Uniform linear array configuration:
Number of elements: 12
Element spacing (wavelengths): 1
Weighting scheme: exponential
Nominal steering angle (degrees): -45
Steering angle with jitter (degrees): -43.667
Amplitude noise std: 0.05
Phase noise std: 0.05

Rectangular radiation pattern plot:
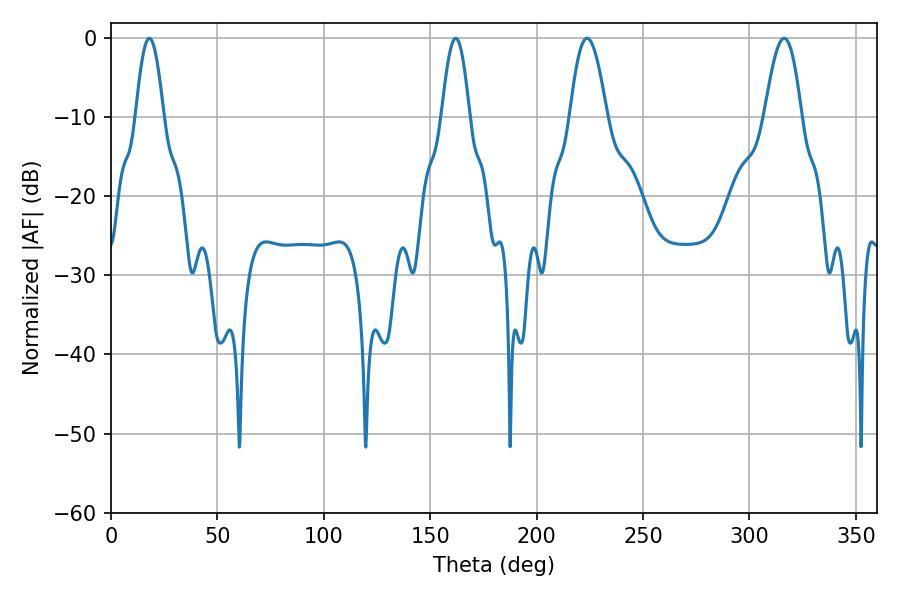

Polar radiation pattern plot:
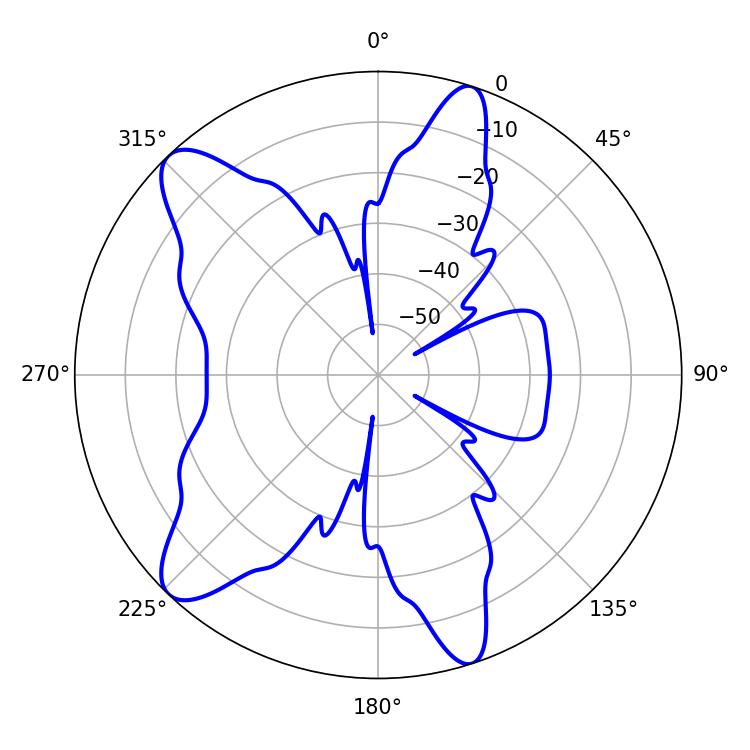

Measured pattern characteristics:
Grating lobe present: TRUE
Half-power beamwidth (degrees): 7.02
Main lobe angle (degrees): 18